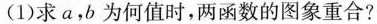
(1)求a，b为何值时，两函数的图象重合?